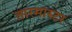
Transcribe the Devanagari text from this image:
तारमास्टर